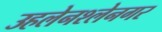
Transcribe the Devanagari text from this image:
उहलेनश्लेनगर